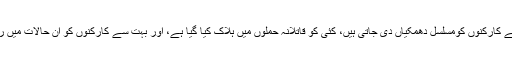
ان میں سے بہت سے کارکنوں کومسلسل دھمکیاں دی جاتی ہیں، کئی کو قاتلانہ حملوں میں ہلاک کیا گیا ہے، اور بہت سے کارکنوں کو ان حالات میں روپوش ہونا پڑا ہے۔